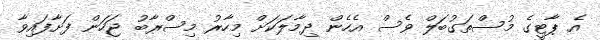
އެ ޕާޓީގެ މުސްތަގުބަލް ވެސް އެހެން ދިމާލަކަށް މިހާރު މިސްރާބު ޖަހަން ފަށާފައިވާ